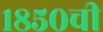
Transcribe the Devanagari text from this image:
१८५०ची